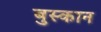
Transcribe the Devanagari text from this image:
बुस्कान